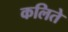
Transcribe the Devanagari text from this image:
कलिते